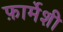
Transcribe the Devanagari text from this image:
फ़ार्मेशी